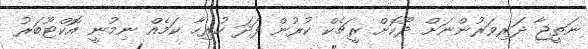
ނަތީޖާ ދަރިވަރުންނަށް ދޫކޮށް ރީޗެކް ކުރުން ފަދަ ހުރިހާ ކަމެއް ނިމުނީ އޮކްޓޫބަރު